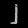
Digit: ၂